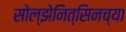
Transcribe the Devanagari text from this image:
सोल्झेनित्सिनच्या